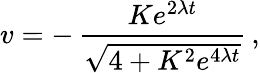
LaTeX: v=-\, \frac{Ke^{2\lambda t}}{\sqrt{4+K^{2}e^{4\lambda t}}}\, ,